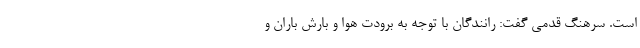
است. سرهنگ قدمی گفت: رانندگان با توجه به برودت هوا و بارش باران و